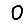
Digit: 0